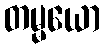
တမ္မယော